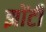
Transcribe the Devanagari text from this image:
झोंटी